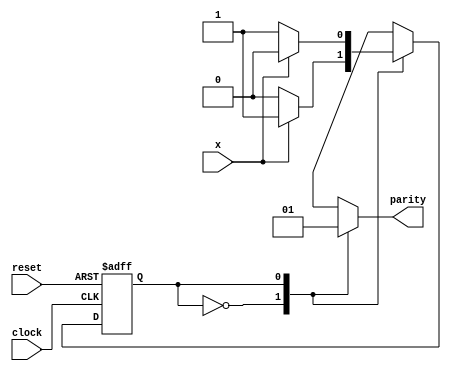
module fsm_parity(clock, reset, x, parity);
input  clock;
input  reset;
input  x;
output reg parity;
reg state, nextstate;
parameter S0=0, S1=1;

always @(posedge clock or posedge reset) 
begin
	if (reset)
		state <= S0;
	else
	state <= nextstate;
end
always @(state) 
begin
	case(state)
		S0: parity = 0;
		S1: parity = 1;
	endcase
end
always @(state or x) 
begin
	nextstate = S0;
	case(state)
		S0: if(x)
		nextstate = S1;
		S1: if(!x)
		nextstate = S1;
	endcase
end
endmodule